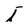
Character: I